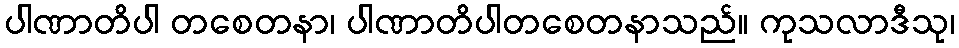
ပါဏာတိပါ တစေတနာ၊ ပါဏာတိပါတစေတနာသည်။ ကုသလာဒီသု၊